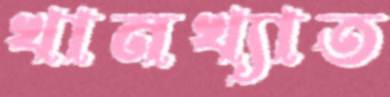
খানখ্যাত